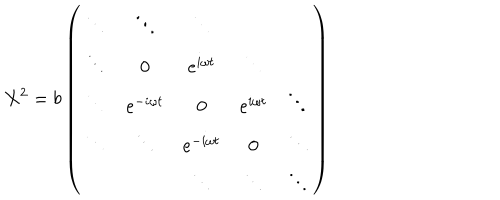
X ^ { 2 } = b \left( \begin{array} { c c c c c } { { \ddots } } & { { \ddots } } & { { \ddots } } & { { } } & { { } } \\ { { \ddots } } & { { 0 } } & { { e ^ { i \omega t } } } & { { \ddots } } & { { } } \\ { { \ddots } } & { { e ^ { - i \omega t } } } & { { 0 } } & { { e ^ { i \omega t } } } & { { \ddots } } \\ { { \ddots } } & { { \ddots } } & { { e ^ { - i \omega t } } } & { { 0 } } & { { \ddots } } \\ { { } } & { { } } & { { \ddots } } & { { \ddots } } & { { \ddots } } \\ \end{array} \right)